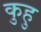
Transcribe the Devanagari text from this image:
कुहु